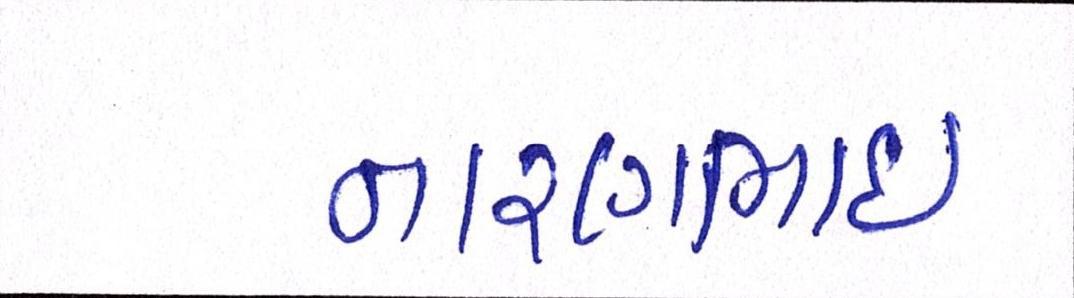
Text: નારણભાઈ